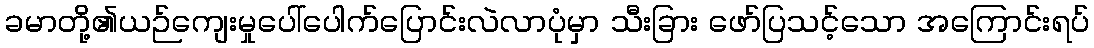
ခမာတို့၏ယဉ်ကျေးမှုပေါ်ပေါက်ပြောင်းလဲလာပုံမှာ သီးခြား ဖော်ပြသင့်သော အကြောင်းရပ်